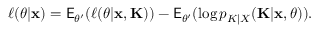
\ell ( \theta | \mathbf x ) = \mathsf E _ { \theta ^ { \prime } } ( \ell ( \theta | \mathbf x , \mathbf K ) ) - \mathsf E _ { \theta ^ { \prime } } ( \log p _ { K | X } ( \mathbf K | \mathbf x , \theta ) ) .